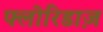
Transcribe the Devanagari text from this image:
फ्लोरिडाज़